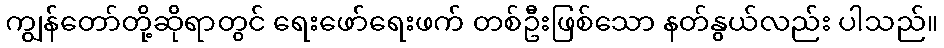
ကျွန်တော်တို့ဆိုရာတွင် ရေးဖော်ရေးဖက် တစ်ဦးဖြစ်သော နတ်နွယ်လည်း ပါသည်။